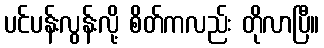
ပင်ပန်းလွန်းလို့ စိတ်ကလည်း တိုလာပြီ။